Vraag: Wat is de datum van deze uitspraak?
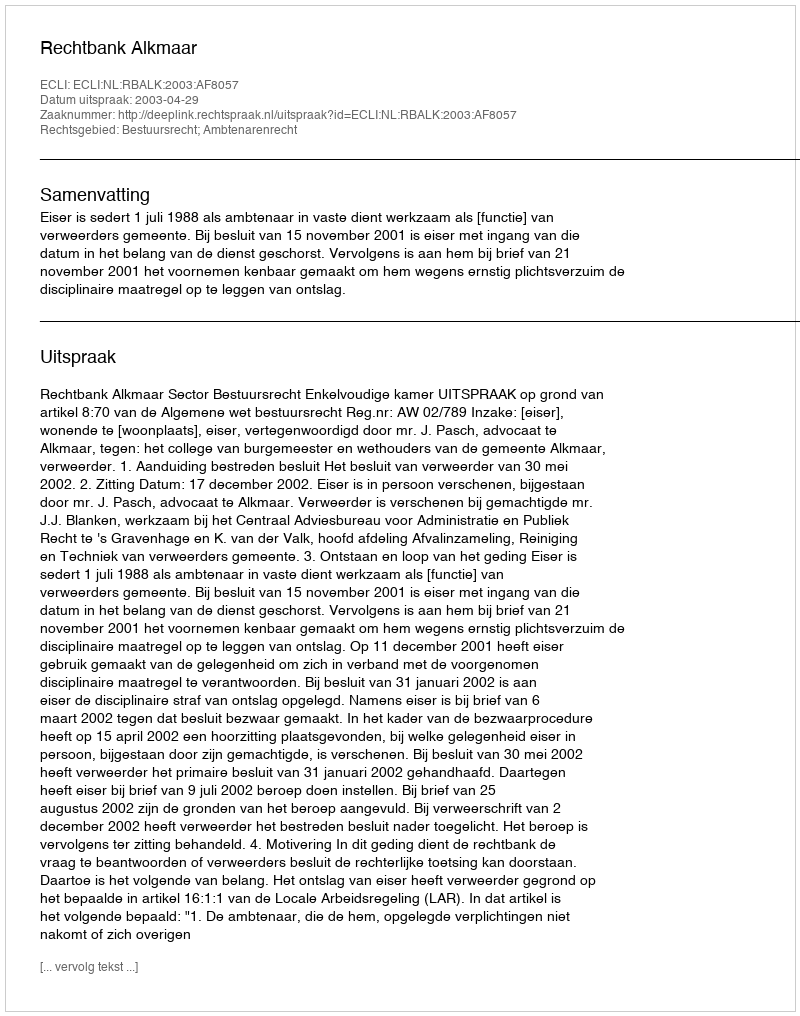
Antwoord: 2003-04-29